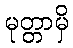
မုတ္တာမှိ